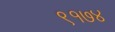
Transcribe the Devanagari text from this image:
९१७४